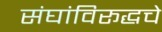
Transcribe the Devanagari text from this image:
संघांविरूद्धचे